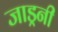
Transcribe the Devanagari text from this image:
जाड्रनी